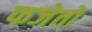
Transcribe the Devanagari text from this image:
फजेतो